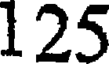
125